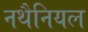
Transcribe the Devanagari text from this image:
नथैनियल